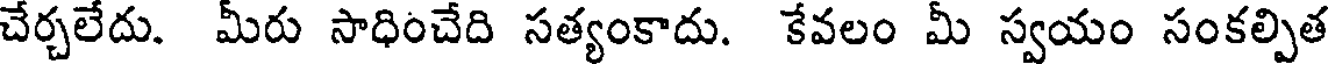
చేర్చలేదు. మీరు సాధించేది సత్యంకాదు. కేవలం మీ స్వయం సంకల్పిత